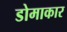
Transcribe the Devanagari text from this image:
डोमाकार